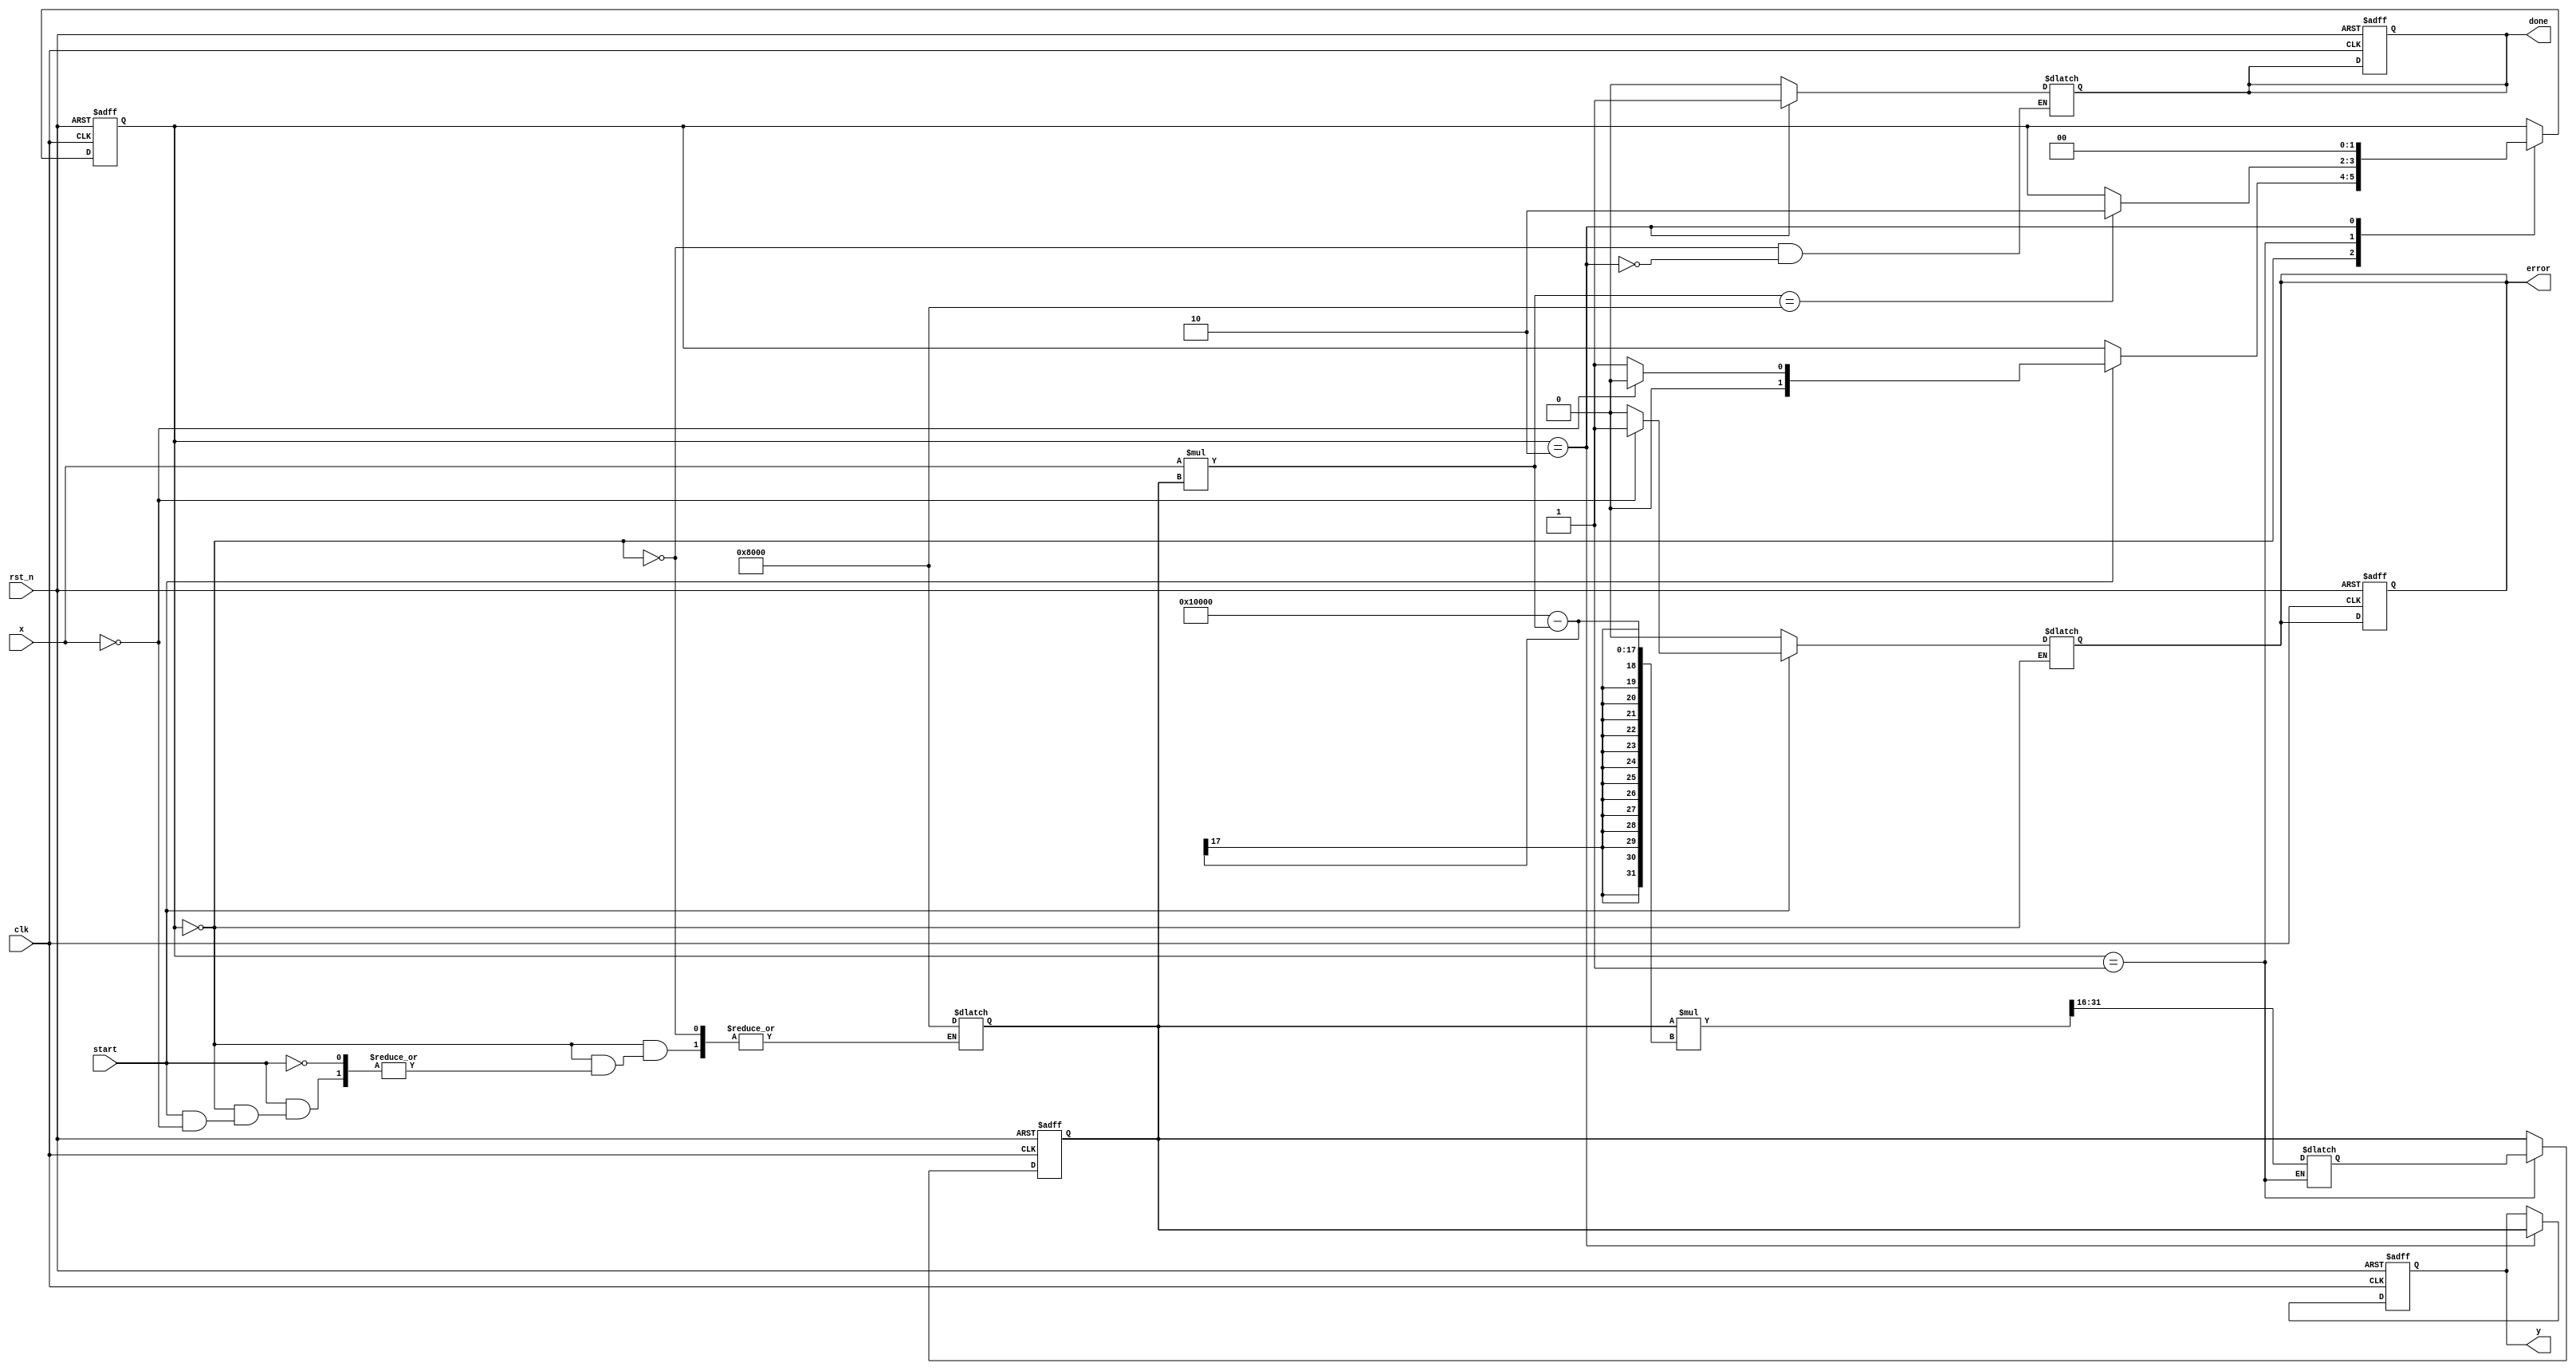
module binary_fractional_reciprocal #(
    parameter n = 16,  // Input bit width
    parameter m = 16   // Output bit width
)(
    input wire clk,             // Clock signal
    input wire rst_n,           // Active low reset
    input wire start,           // Start signal for computation
    input wire [n-1:0] x,      // Input: binary fractional number (0 to 1)
    output reg [m-1:0] y,       // Output: reciprocal (1/x)
    output reg done,            // Done signal
    output reg error            // Error signal for invalid input
);

    // Internal parameters
    localparam IDLE = 2'b00, PROCESS = 2'b01, DONE = 2'b10;
    reg [1:0] state, next_state;

    // Internal registers
    reg [n-1:0] input_reg;
    reg [m-1:0] approx;         // Approximation of reciprocal
    reg [m-1:0] approx_next;    // Next approximation
    reg [m-1:0] product;        // Product for checking convergence

    // State machine
    always @(posedge clk or negedge rst_n) begin
        if (!rst_n) begin
            state <= IDLE;
            done <= 0;
            error <= 0;
            y <= 0;
            approx <= 0;
        end else begin
            state <= next_state;
            if (state == PROCESS) begin
                approx <= approx_next;
            end
            if (state == DONE) begin
                y <= approx;
            end
        end
    end

    // Next state logic
    always @(*) begin
        next_state = state;
        case (state)
            IDLE: begin
                done = 0;
                error = 0;
                if (start) begin
                    if (x == 0) begin
                        error = 1; // Handle zero input
                        next_state = IDLE; // Stay in IDLE
                    end else begin
                        input_reg = x;
                        approx = {1'b1, {m-1{1'b0}}}; // Initial guess (1.0)
                        next_state = PROCESS;
                    end
                end
            end
            PROCESS: begin
                // Newton-Raphson iteration: approx_next = approx * (2 - x * approx)
                product = x * approx;
                approx_next = approx * (2**m - product) >> m; // Shift right to maintain binary fractional
                // Check for convergence (simple condition)
                if (product == 1 << (m-1)) begin // Product close to 1
                    next_state = DONE;
                end
            end
            DONE: begin
                done = 1;
                next_state = IDLE; // Go back to idle after done
            end
        endcase
    end

endmodule